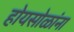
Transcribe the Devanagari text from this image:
होयसोळांना